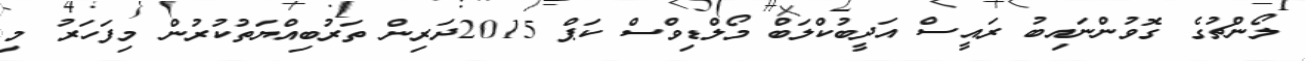
ލޯންޗުގެ ގޮވުންނައިބު ރައީސް އަދީބުކްލަބް މޯލްޑިވްސް ކަޕް 2015ދަރިން ތަރުބިއްޔަތުކުރުން މިފަހަރު މި